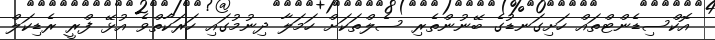
އޮކްސިޑެންޓްތައް ހަށިގަނޑުގެ ބޭނުންތެރި ސެލްތަކަށް ހަމަލާ ދިނުމުގައި ހަރަކާތްވެ އުޅޭ ފްރީ ރެޑިކަލް